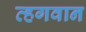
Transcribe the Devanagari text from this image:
व्हगवान